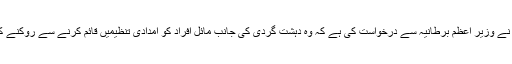
کمیشن کے صدرنشین نے وزیر اعظم برطانیہ سے درخواست کی ہے کہ وہ دہشت گردی کی جانب مائل افراد کو امدادی تنظیمیں قائم کرنے سے روکنے کے لیے اقدامات کریں۔